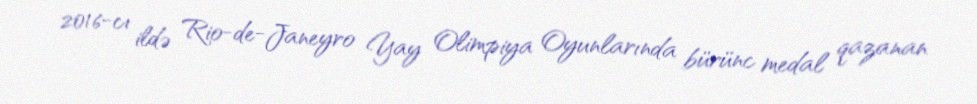
2016-cı ildə Rio-de-Janeyro Yay Olimpiya Oyunlarında bürünc medal qazanan